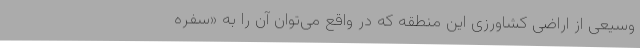
وسیعی از اراضی کشاورزی این منطقه که در واقع می‌توان آن را به «سفره